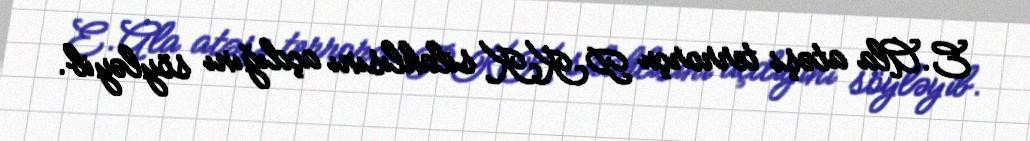
E.Ala atəşi terrorçu PKK silahlısını açdığını söyləyib.